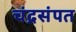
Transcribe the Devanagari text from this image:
चंद्रसंपत